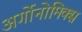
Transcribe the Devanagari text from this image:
अर्गोनोमिक्स